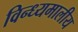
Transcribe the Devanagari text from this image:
विन्ध्यमालीय